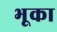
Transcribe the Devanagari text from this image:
भूका